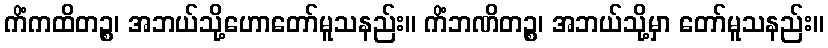
ကိံကထိတဉ္စ၊ အဘယ်သို့ဟောတော်မူသနည်း။ ကိံဘဏိတဉ္စ၊ အဘယ်သို့မှာ တော်မူသနည်း။